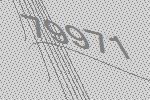
79971